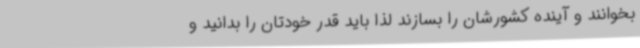
بخوانند و آینده کشورشان را بسازند لذا باید قدر خودتان را بدانید و